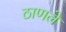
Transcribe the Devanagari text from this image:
ठाणले